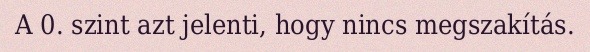
A 0. szint azt jelenti, hogy nincs megszakítás.